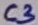
Text: C3